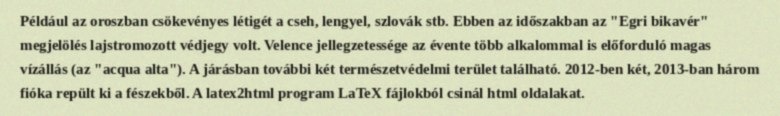
Például az oroszban csökevényes létigét a cseh, lengyel, szlovák stb. Ebben az időszakban az "Egri bikavér" megjelölés lajstromozott védjegy volt. Velence jellegzetessége az évente több alkalommal is előforduló magas vízállás (az "acqua alta"). A járásban további két természetvédelmi terület található. 2012-ben két, 2013-ban három fióka repült ki a fészekből. A latex2html program LaTeX fájlokból csinál html oldalakat.